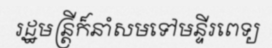
រដ្ឋមន្ត្រីក៏នាំសមទៅមន្ទីរពេទ្យ